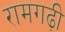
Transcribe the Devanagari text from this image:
रामगढ़ी